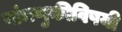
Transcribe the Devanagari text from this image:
बांधणुकीविषयी